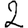
Digit: 2